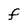
Character: F